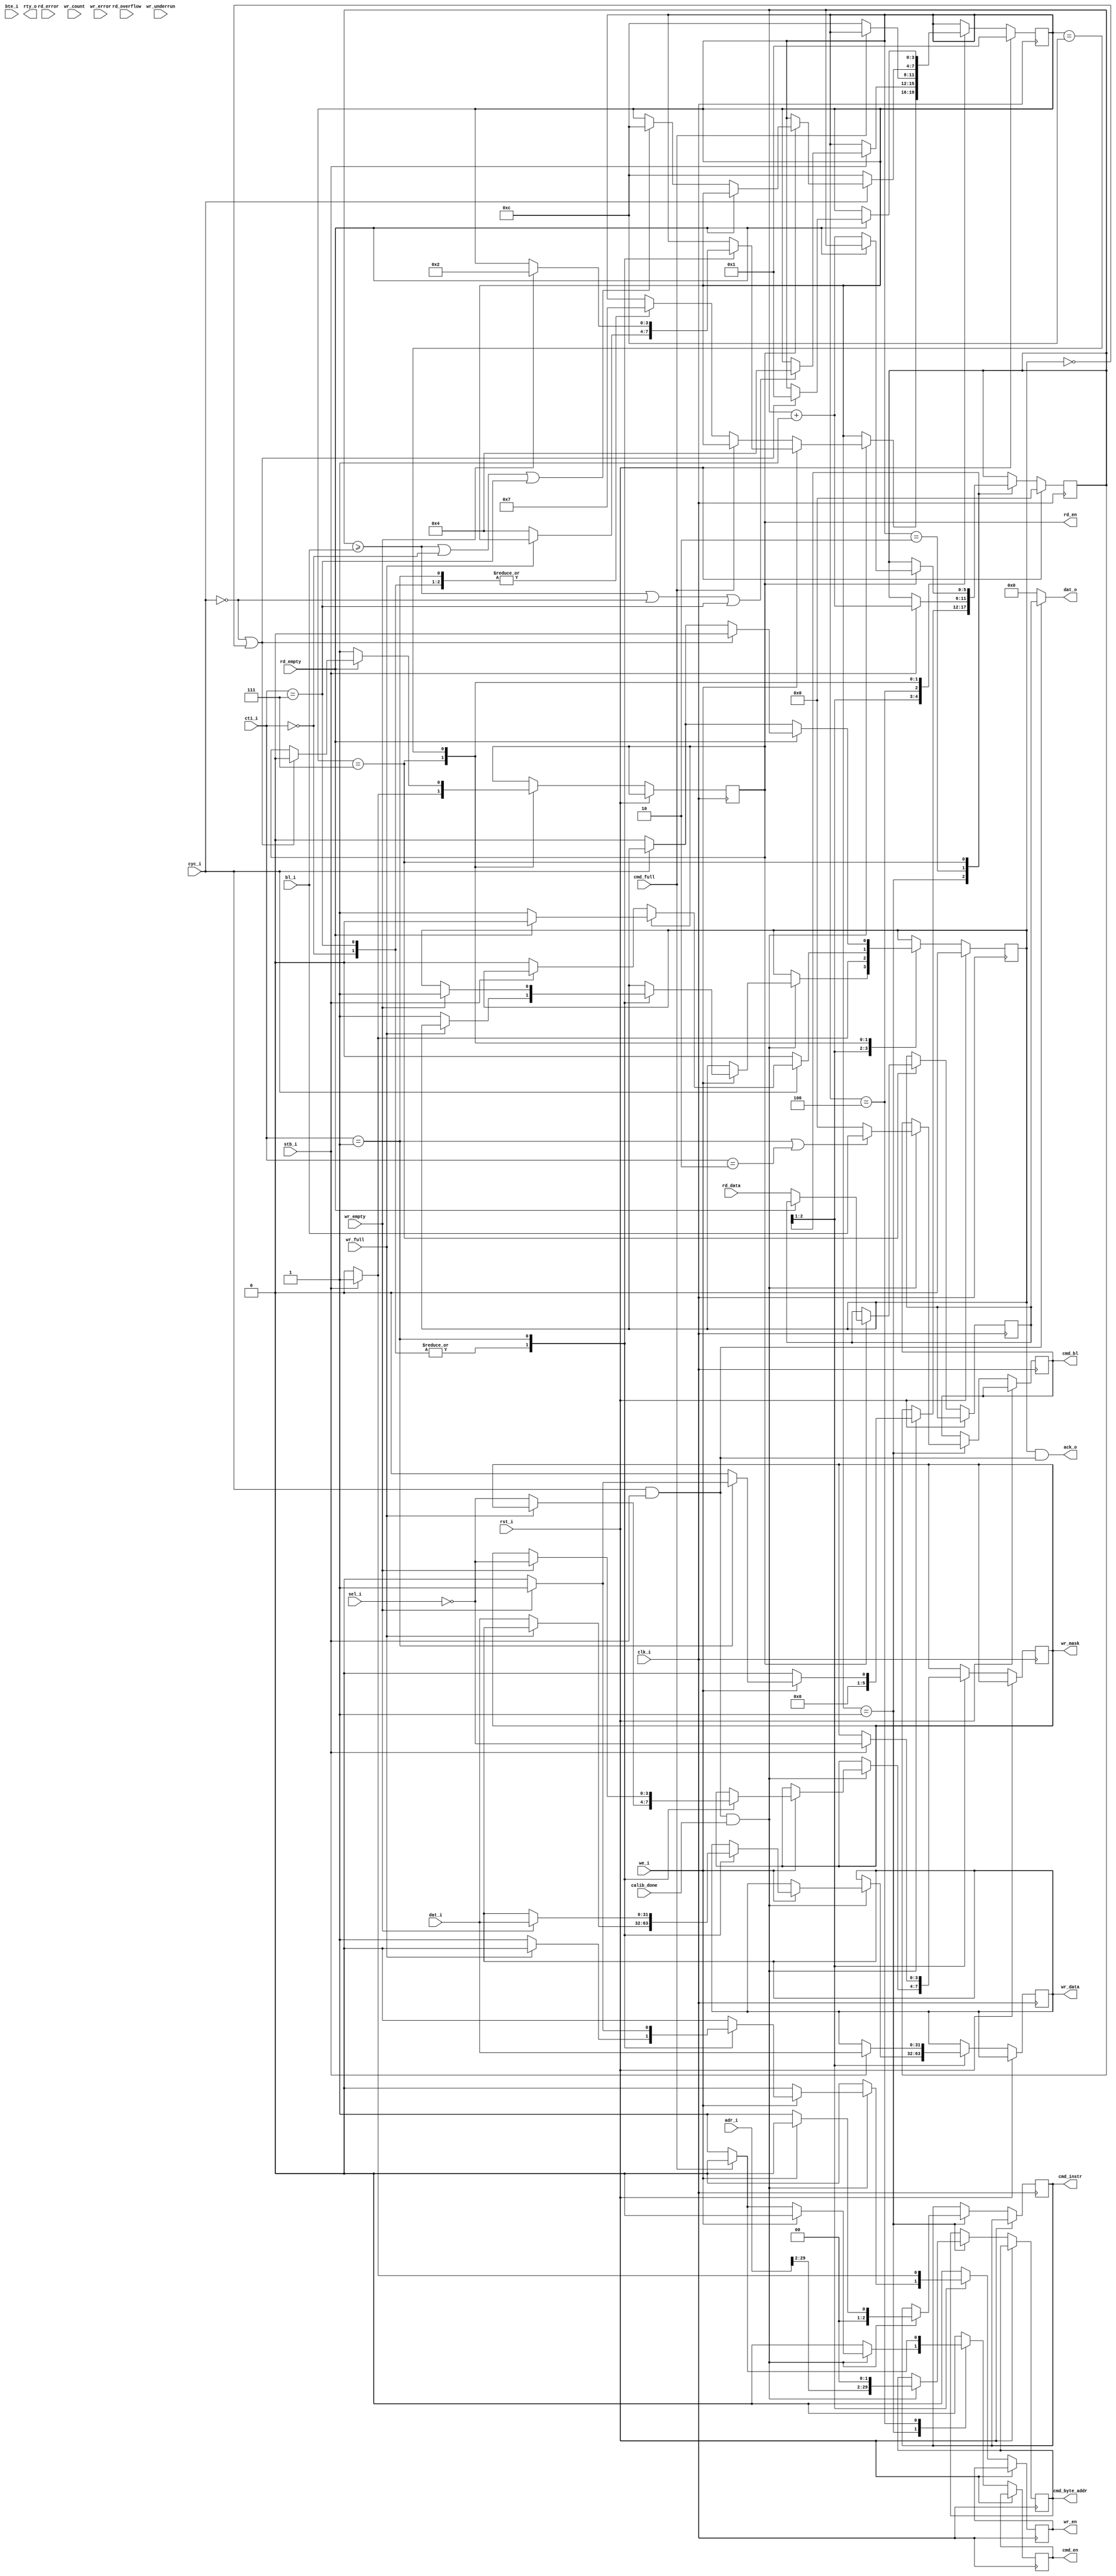
`timescale 1ns / 1ps
// ============================================================================
//        __
//   \\__/ o\    (C) 2011-2013  Robert Finch, Stratford
//    \  __ /    All rights reserved.
//     \/_//     robfinch<remove>@finitron.ca
//       ||
//
// WB32ToMIG32.v
// - 32 bit WISHBONE to MIG bus bridge
// - supports constant address burst cycles and classic bus cycles
// - Not supported: the master driving the strobe line low during burst
//   access. The master is assumed to always be ready during a burst.
//
// This source file is free software: you can redistribute it and/or modify 
// it under the terms of the GNU Lesser General Public License as published 
// by the Free Software Foundation, either version 3 of the License, or     
// (at your option) any later version.                                      
//                                                                          
// This source file is distributed in the hope that it will be useful,      
// but WITHOUT ANY WARRANTY; without even the implied warranty of           
// MERCHANTABILITY or FITNESS FOR A PARTICULAR PURPOSE.  See the            
// GNU General Public License for more details.                             
//                                                                          
// You should have received a copy of the GNU General Public License        
// along with this program.  If not, see <http://www.gnu.org/licenses/>.    
//                                                                          
// ============================================================================
//
//`define SUPPORT_INCADR	1

module WB32ToMIG32 (
input rst_i,
input clk_i,

// WISHBONE PORT
input [1:0] bte_i,					// burst type extension
input [2:0] cti_i,					// cycle type indicator
input cyc_i,						// cycle in progress
input stb_i,						// data strobe
output ack_o,						// acknowledge
output rty_o,
input we_i,							// write cycle
input [3:0] sel_i,					// byte lane selects
input [31:0] adr_i,					// address
input [31:0] dat_i,					// data 
output [31:0] dat_o,
input [5:0] bl_i,					// burst length

// MIG port
input calib_done,
input cmd_full,
output reg cmd_en,
output reg [2:0] cmd_instr,
output reg [5:0] cmd_bl,
output reg [29:0] cmd_byte_addr,

output reg rd_en,
input [31:0] rd_data,
input rd_empty,
input rd_overflow,
input rd_error,

output reg wr_en,
output reg [3:0] wr_mask,
output reg [31:0] wr_data,
input wr_empty,
input wr_full,
input [6:0] wr_count,
input wr_underrun,
input wr_error
);
parameter IDLE = 4'd1;
parameter BWRITE_001 = 4'd2;
parameter BWRITE_010 = 4'd3;
parameter BWRITE_CMD = 4'd4;
parameter BWRITE_CMD_OFF = 4'd5;
parameter BREAD_000 = 4'd6;
parameter BREAD_001 = 4'd7;
parameter BREAD_010 = 4'd8;
parameter BREAD = 4'd9;
parameter BREAD1 = 4'd10;
parameter BREAD2 = 4'd11;
parameter NACK = 4'd12;

// Fill write FIFO then issue write command
reg [5:0] ctr;		// burst length counter
reg [31:0] dato;
reg [3:0] state;
reg ack1;

wire cs = cyc_i && stb_i;// && adr_i[63:32]==32'h00000000;		// circuit select
assign ack_o = ack1 & cs;		// Force ack_o low as soon as cyc_i or stb_i go low
assign dat_o = cs ? dato : 32'h00000000;	// Allow wire-or'ing data bus

reg [31:0] prev_adr;

always @(posedge clk_i)
if (rst_i) begin
	ack1 <= 1'b0;
	ctr <= 6'd0;
	state <= IDLE;
end
else begin
cmd_en <= 1'b0;		// Forces cmd_en to be just a 1-cycle pulse
wr_en <= 1'b0;
case(state)
IDLE:
	if (cs & calib_done) begin
		ctr <= 6'd0;
		// Build command
		// Capture the address. MIG doesn't want this address until the command
		// is issued after the FIFO is full. The WB master might change it's address,
		// as it starts a new cycle, so we need to remember what it was originally.
		cmd_byte_addr <= {adr_i[29:2],2'b00};
		if (cti_i==3'b001 || cti_i==3'b010)
			cmd_bl <= bl_i;
		else
			cmd_bl <= 6'd0;
		cmd_instr <= we_i ? 3'b000 : 3'b001;	// WRITE / READ
		prev_adr <= adr_i;

		// Write cycles
		if (we_i) begin
			case(cti_i)
			// Since we are only writing a word, we only need to wait for a single
			// opening.
			3'b000,3'b111:
				if (!wr_full) begin
					ack1 <= 1'b1;
					wr_en <= 1'b1;
					wr_data <= dat_i;
					wr_mask <= ~sel_i;
					state <= BWRITE_CMD;
				end
			// Since we want to write a burst of numerous data, we wait until the
			// write FIFO is empty. We could wait until the FIFO count is greater
			// than the burst length.
			3'b001:
				if (wr_empty) begin
					ack1 <= 1'b1;
					wr_en <= 1'b1;
					wr_data <= dat_i;
					wr_mask <= ~sel_i;
					ctr <= 6'd1;
					state <= BWRITE_001;
				end
`ifdef SUPPORT_INCADR
			3'b010:
				if (wr_empty) begin
					prev_adr <= adr_i;
					ack1 <= 1'b1;
					wr_en <= 1'b1;
					wr_data <= dat_i;
					wr_mask <= ~sel_i;
					ctr <= 6'd1;
					state <= BWRITE_010;
				end
`endif
			// Could assert err_o
			default:	;
			endcase
		end
		// Read cycles
		else begin
			if (!cmd_full) begin
				cmd_en <= 1'b1;
				case(cti_i)
				3'b000:	state <= BREAD_001;
				3'b001:	state <= BREAD_001;
`ifdef SUPPORT_INCADR
				3'b010: state <= BREAD_010;
`endif
				3'b111:	state <= BREAD_001;
				default:	;
				endcase
			end
		end
	end

//---------------------------------------------------------
// Burst or single write
// - we assume that since the write fifo was empty to
//   begin with, that we don't need to check the status
//---------------------------------------------------------

// constant address burst
BWRITE_001:
	if (stb_i) begin
		ack1 <= 1'b1;
		wr_en <= 1'b1;
		wr_data <= dat_i;
		wr_mask <= ~sel_i;
		ctr <= ctr + 6'd1;
		if (ctr>=bl_i || !cyc_i || cti_i==3'b111)
			state <= BWRITE_CMD;
	end
	else
		ack1 <= 1'b0;

`ifdef SUPPORT_INCADR
// To write in incrementing address mode, we wait for the
// address to change before writing. Teh master might just hold
// onto the same address for more than one cycle. We only want to
// write to the fifo once per address.
BWRITE_010:
	if (stb_i) begin
		if (adr_i != prev_adr) begin
			ack1 <= 1'b1;
			wr_en <= 1'b1;
			wr_data <= dat_i;
			wr_mask <= ~sel_i;
			prev_adr <= adr_i;
			ctr <= ctr + 6'd1;
		end
		if (ctr>=bl_i || !cyc_i || cti_i==3'b111)
			state <= BWRITE_CMD;
	end
	else
		ack1 <= 1'b0;
`endif

BWRITE_CMD:
	if (!cmd_full) begin
		cmd_en <= 1'b1;
		state <= NACK;
	end

// single read
// Constant address burst
BREAD_001:
	begin
		if (stb_i)
			rd_en <= 1'b1;
		else begin
			ack1 <= 1'b0;
			rd_en <= 1'b0;
		end
		if (rd_en) begin
			if (rd_empty)
				ack1 <= 1'b0;
			else begin
				ack1 <= 1'b1;
				dato <= rd_data;
				ctr <= ctr + 6'd1;
				if (ctr >= bl_i || cti_i==3'b000 || cti_i==3'b111)
					state <= NACK;
			end
		end
		// abort cycle if ternminated early
		if (!cyc_i) begin
			ack1 <= 1'b0;
			state <= NACK;
		end
	end

`ifdef SUPPORT_INCADR
// Incrementing address burst
BREAD_010:
	begin
		if (stb_i)
			rd_en <= 1'b1;
		else begin
			ack1 <= 1'b0;
			rd_en <= 1'b0;
		end
		if (adr_i==prev_adr && ack1)
			rd_en <= 1'b0;
		if (rd_en & !rd_empty) begin
			prev_adr <= adr_i;
			ack1 <= 1'b1;
			dato <= rd_data;
			ctr <= ctr + 6'd1;
			if (ctr >= bl_i || !cyc_i || cti_i==3'b000 || cti_i==3'b111)
				state <= NACK;
		end
	end
`endif

//---------------------------------------------------------
//---------------------------------------------------------
// If cyc_o went inactive during BWRITE_CMD (ack1==1'b0) then move
// to next state. cyc_i might have gone back to active as the next
// bus cycle could have started.
//
NACK:
	begin
		if (!cyc_i)
			ack1 <= 1'b0;
		if (!rd_empty)
			rd_en <= 1'b1;
		else if (!cyc_i || ack1==1'b0) begin
			ack1 <= 1'b0;
			rd_en <= 1'b0;
			state <= IDLE;
		end
	end

endcase
end
endmodule